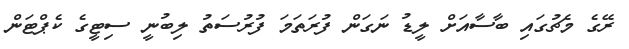
ރޭގެ މެޗުގައި ބާސާއަށް ލީޑު ނަގަން ފުރަތަމަ ފުރުސަތު ލިބުނީ ސިޓީގެ ކެޕްޓަން